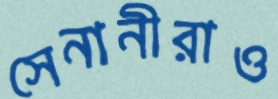
সেনানীরাও